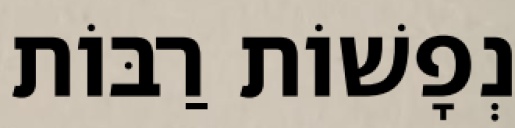
נְפָשׁוֹת רַבּוֹת